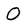
Character: O